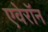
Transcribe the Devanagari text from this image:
एवेरॉन